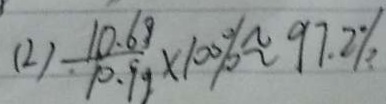
( 2 ) \frac { 1 0 . 6 9 } { 1 0 . 9 9 } \times 1 0 \% \approx 9 7 . 2 \%